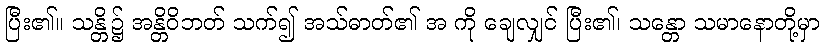
ပြီး၏။ သန္တိ၌ အန္တိဝိဘတ် သက်၍ အသ်ဓာတ်၏ အ ကို ချေလျှင် ပြီး၏၊ သန္တော သမာနောတို့မှာ